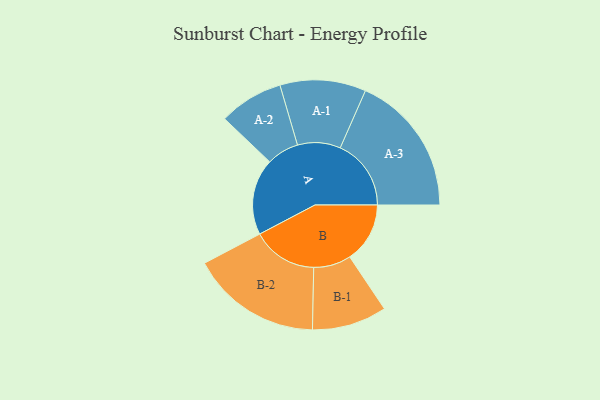
{"axis": {"x": "Segment", "y": "Value"}, "legend": ["", "A", "B"], "data": [{"x": "A", "y": 306, "type": ""}, {"x": "B", "y": 241, "type": ""}, {"x": "A-1", "y": 172, "type": "A"}, {"x": "A-2", "y": 129, "type": "A"}, {"x": "A-3", "y": 284, "type": "A"}, {"x": "B-1", "y": 150, "type": "B"}, {"x": "B-2", "y": 262, "type": "B"}]}